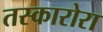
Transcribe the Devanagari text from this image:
तस्कारोरा